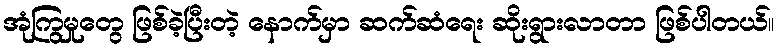
အုံကြွမှုတွေ ဖြစ်ခဲ့ပြီးတဲ့ နောက်မှာ ဆက်ဆံရေး ဆိုးရွားလာတာ ဖြစ်ပါတယ်။